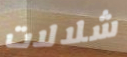
شلالات